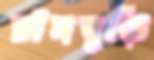
চাঁদবুড়ি